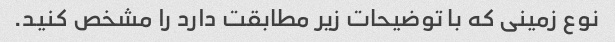
نوع زمینی که با توضیحات زیر مطابقت دارد را مشخص کنید.